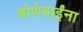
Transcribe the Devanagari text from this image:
बोणेबाईंना